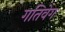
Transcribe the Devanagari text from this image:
गतिवेग